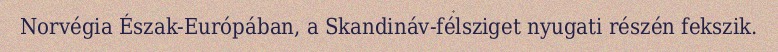
Norvégia Észak-Európában, a Skandináv-félsziget nyugati részén fekszik.